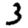
Digit: 3